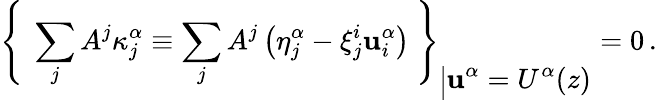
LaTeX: {\left\{ \ \sum_{j}A^{j}\kappa_{j}^{\alpha}\equiv\sum_{j}A^{j}\left(\eta_{j}^{\alpha}-\xi_{j}^{i}\mathbf{u}_{i}^{\alpha}\right)\ \right\} }_{\Big\vert\displaystyle{\mathbf{u}^{\alpha}=U^{\alpha}(z)}}=0\, .